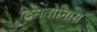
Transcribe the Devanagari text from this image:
दिसतोनिास